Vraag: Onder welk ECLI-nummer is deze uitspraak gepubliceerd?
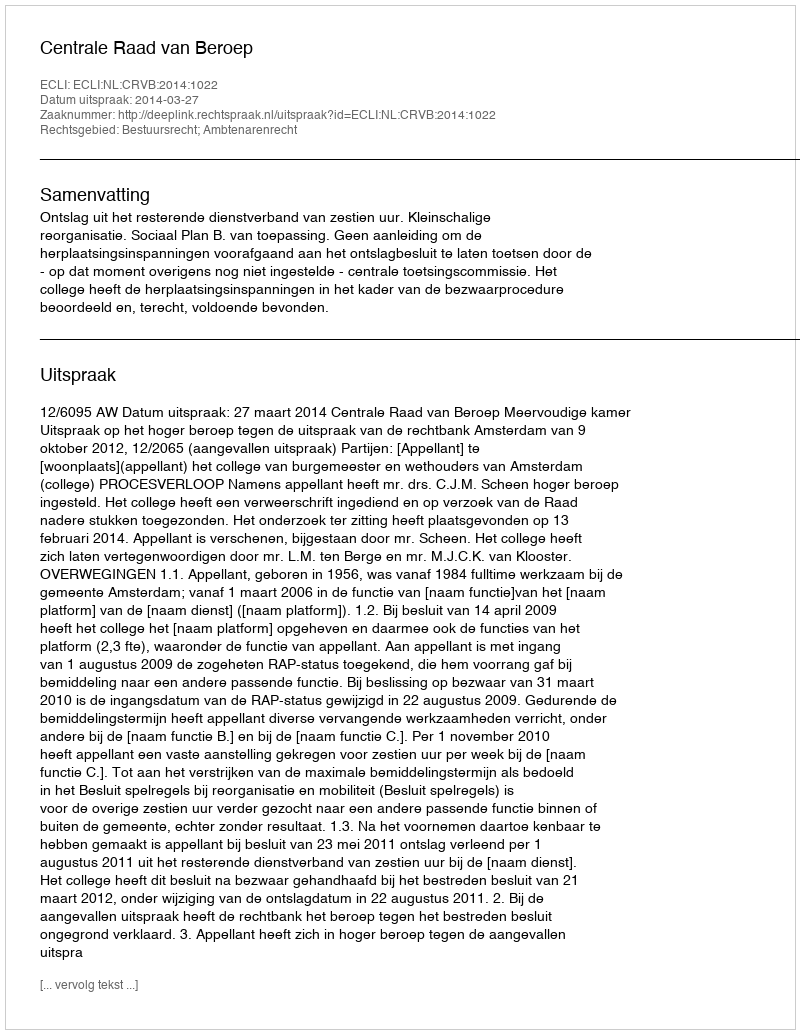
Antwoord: ECLI:NL:CRVB:2014:1022